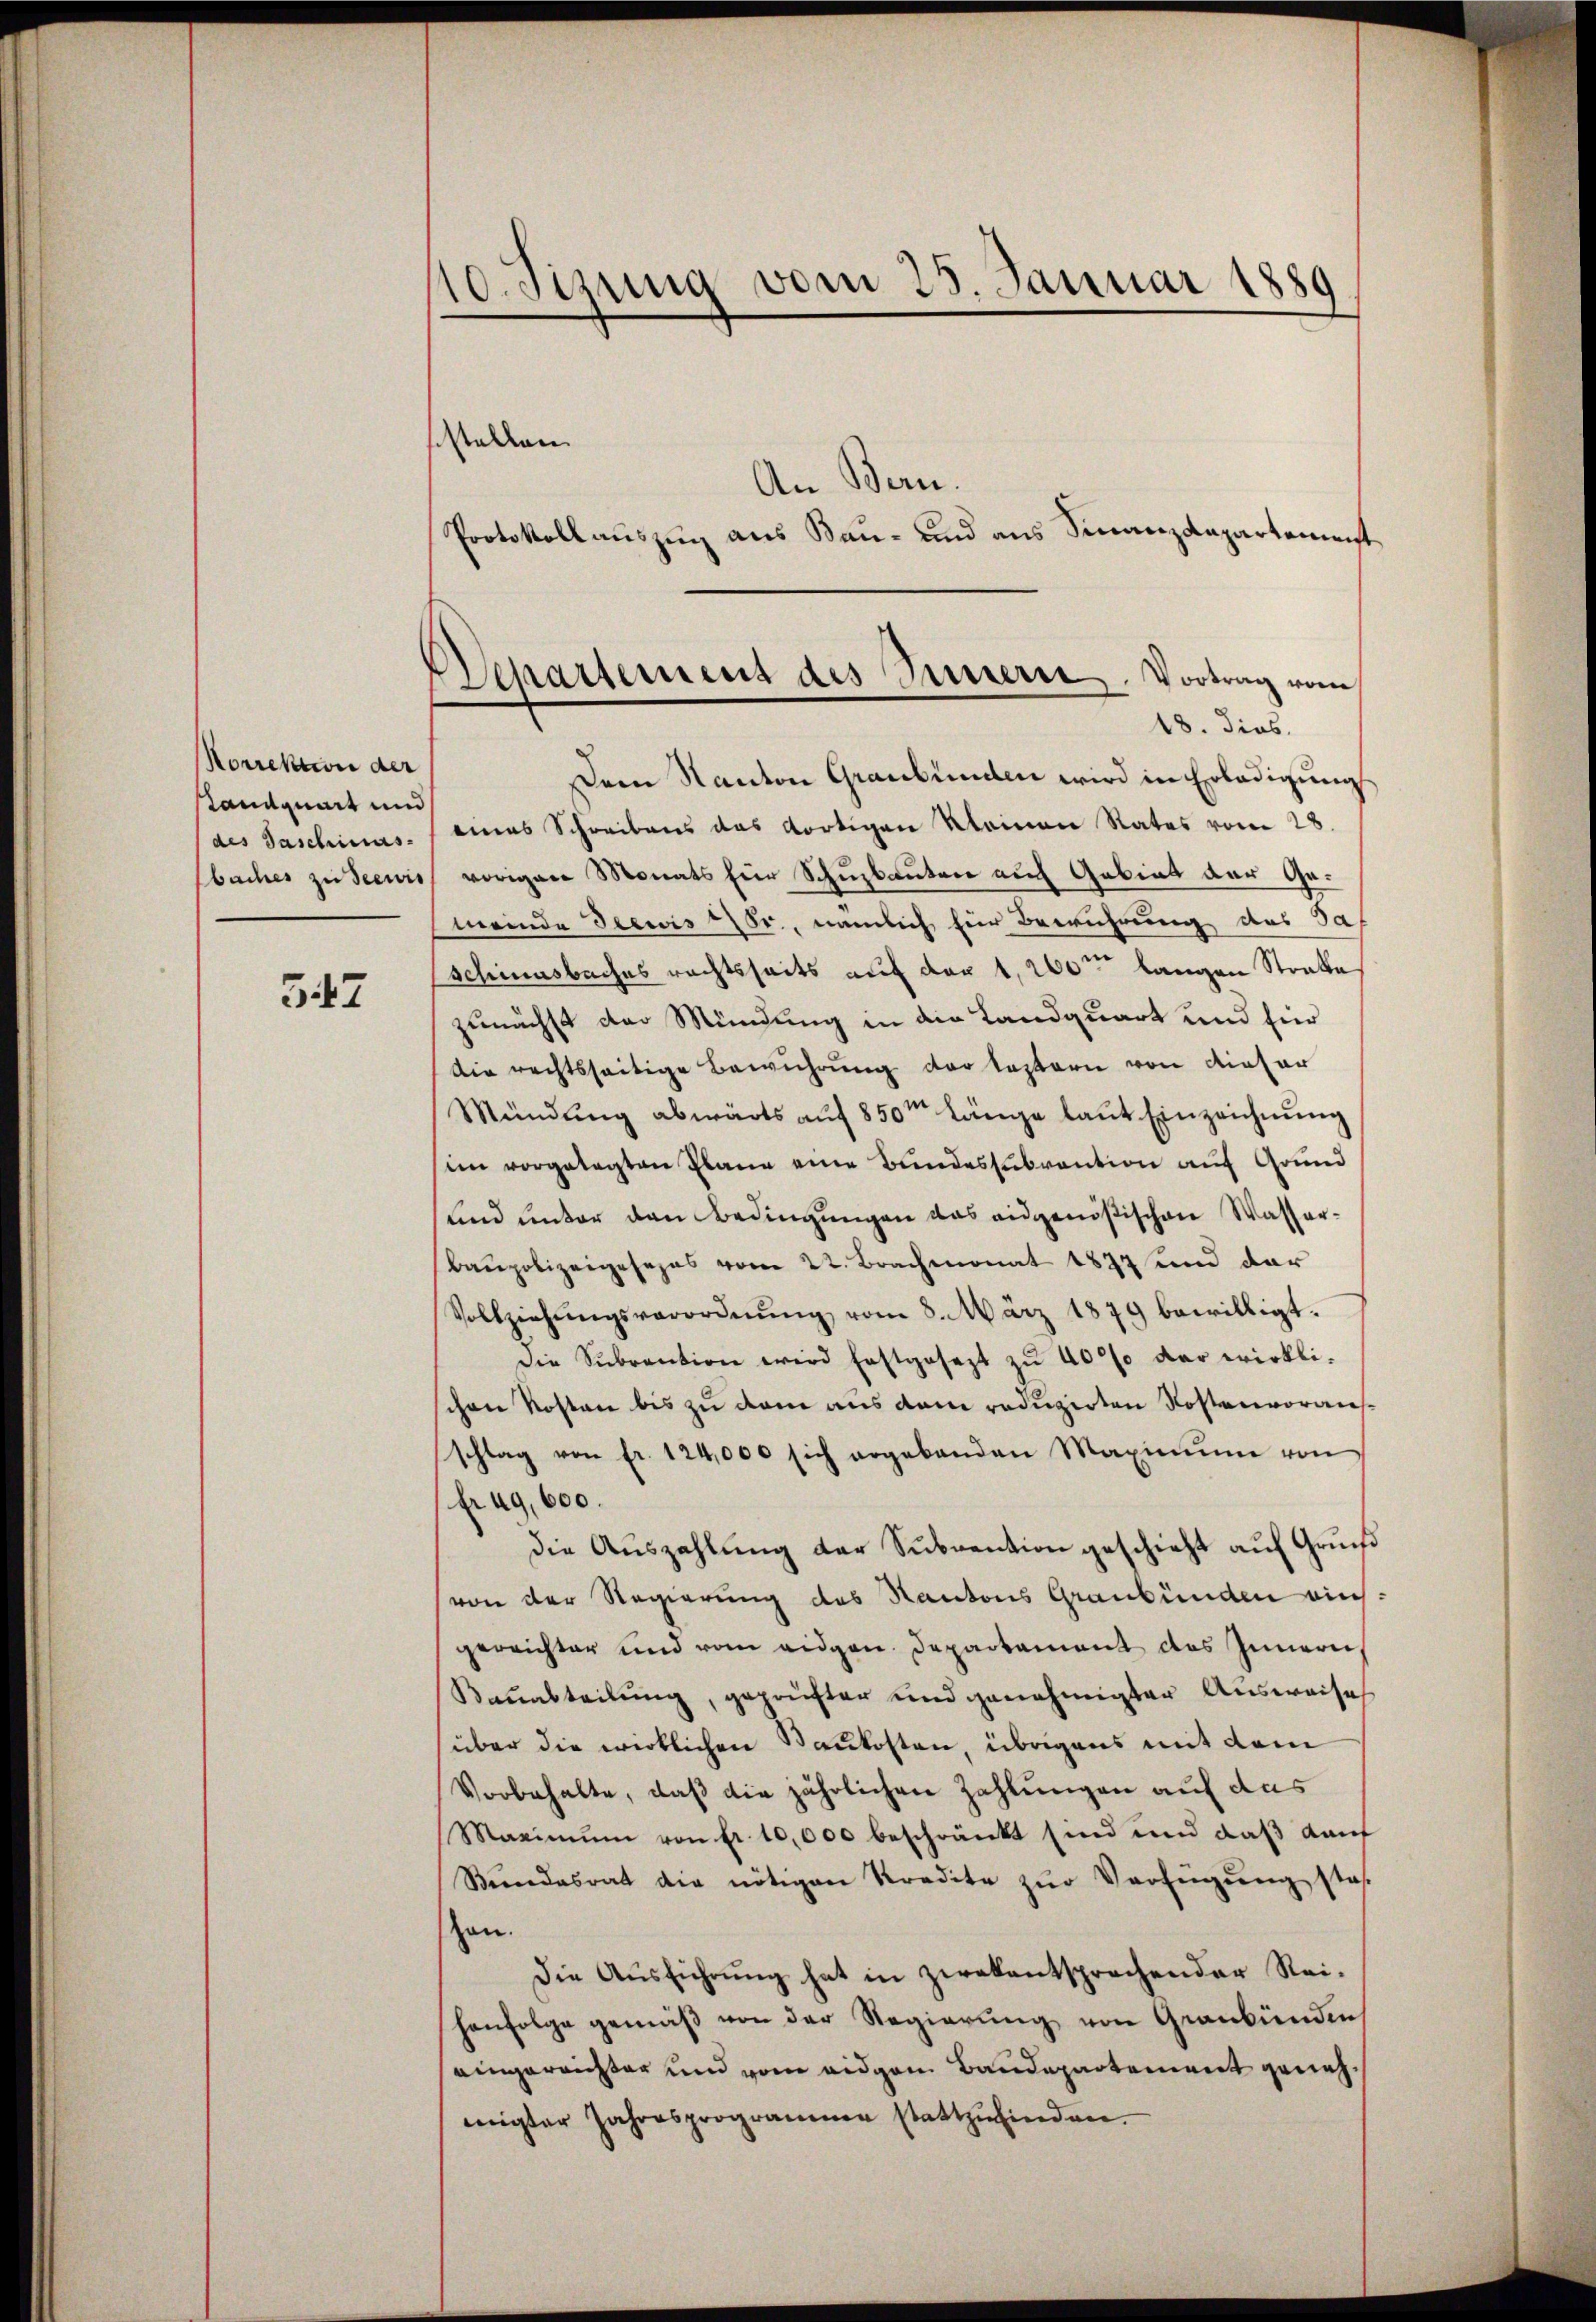
Korrektion der
Tandquart und
des Taschinas.
baches zu Seewis

547

10 Stzung vom 25. Januar 1889

Departement des Innern. Vortrag vom
18. dies.

stellen.
An Bern.
Protokollauszug aus Bau- und aus Finanzdepartement.
Dem Kanton Graubünden wird in Erledigungs
eines Schreibens das dortigen Kleinen Rates vom 28.
vorigen Monats für Schuzbauten auch Gebiet der Gemeinde Seewis Fr., nämlich für Bewuhrung des Sa¬
Schinnsbaches rechtsseits auf der 1,260ten langen Strakte
zunächst der Mündung in die Landquart und für
Die rechtsseitige Bewuhrung der leztern von dieser
Mündung abwärts auf 850m Länge laut Einzeichnung
imm vorgelegten Plane eine Bundessubvention auf Grund
und unter den Bedingungen das ausgenößischen Wasser¬
Baupolizeigesezes vom 22. Brachmonat 1822 und der
Vollziehungsverordnung vom 8. März 1879 bewilligt.
die Sŭbraŭtion wird festgesezt zŭ 40% der wirkli-
chen Kosten bis zu dem aus dem reduzirten Kostenvorausschlag von fr. 124,000 sich ergebenden Maximŭm von
frag, 600.
Die Auszahlung der Subvention geschieht auf Grund
von der Regierung des Kantons Graubünden ains:
gereichter und vom eidgen. Departament des Innern
Bauabteilung, geprüfter und genehmigter Ausweises
über die wirklichen Baukosten, übrigens mit dem
Vorbehalte, daß die jährlichen Zahlungen auf das
Maximŭm von Fr. 10,000 beschränkt sind und das Kant
Stundesrat die nötigen Kredite zŭr Verfügŭng stos-
han.
Die Aŭsführŭng hat in zwekentsprechender Rei-
henfolge gemäβ von der Regierŭng von Graubünden
eingereichter und vom eidgem Baudepartement genehmigter Jahresprogrammer stattzŭfinden.